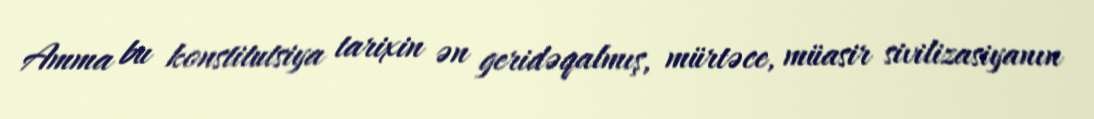
Amma bu konstitutsiya tarixin ən geridəqalmış, mürtəce, müasir sivilizasiyanın